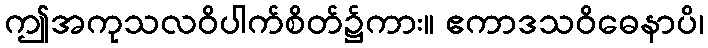
ဤအကုသလဝိပါက်စိတ်၌ကား။ ဧကာဒသဝိဓေနာပိ၊